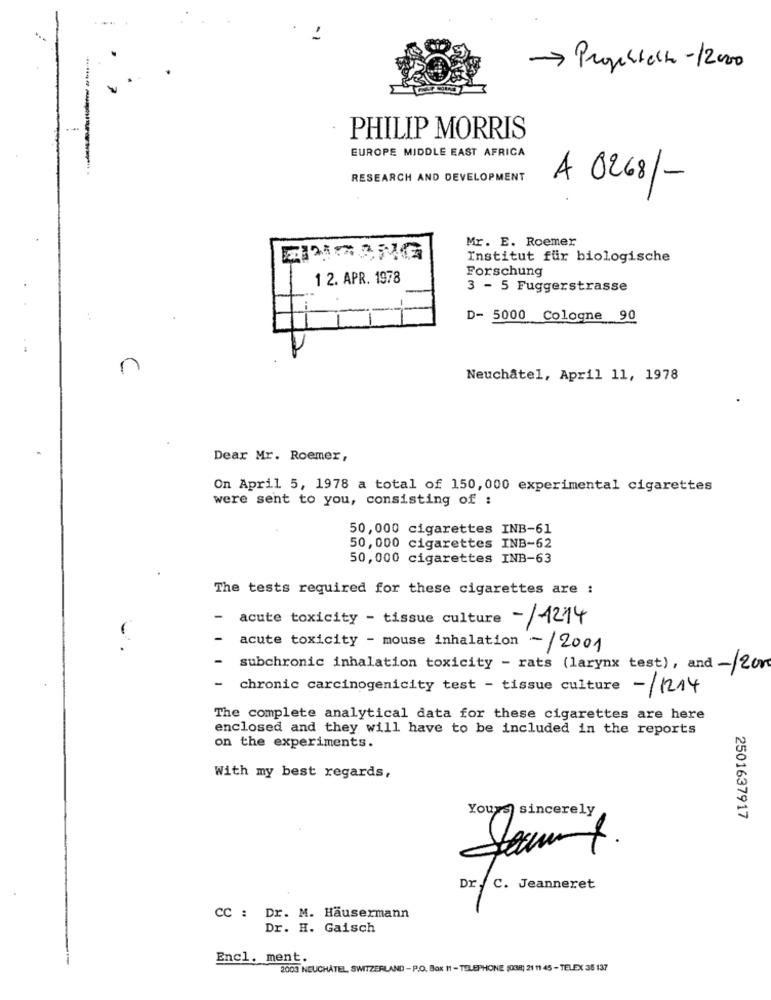
Propertetto-1200
PHILIP MORRIS
EUROPE MIDDLE EAST AFRICA
RESEARCH AND DEVELOPMENT
A 0268/-
Mr. E. Roemer
Institut für biologische
Forschung
1 2. APR. 1978
3 - 5 Fuggerstrasse
D- 5000 Cologne 90
n
Neuchatel, April 11, 1978
Dear Mr. Roemer,
On April 5, 1978 a total of 150,000 experimental cigarettes
were sent to you, consisting of :
50,000 cigarettes INB-61
50, 000 cigarettes INB-62
50,000 cigarettes INB-63
The tests required for these cigarettes are :
-
acute toxicity - tissue culture -/1214
acute toxicity - mouse inhalation - /2001
subchronic inhalation toxicity - rats ( larynx test) , and -/ 2or
-
chronic carcinogenicity test - tissue culture
-/1214
The complete analytical data for these cigarettes are here
enclosed and they will have to be included in the reports
on the experiments.
With my best regards,
Yours sincerely
2501637917
Dr. C. Jeanneret
CC : Dr. M. Hausermann
Dr. H. Gaisch
Encl. ment.
2003 NEUCHÂTEL SWITZERLAND - P.O. Box 11 - TELEPHONE (038) 21 11 45 - TELEX 35 137